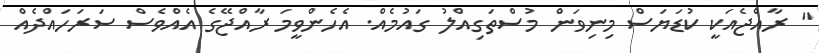
" ރާއްޖެއަކީ ކުޑަޔަސް މިނިވަން މުސްތަގިއްލު ގައުމެއް. އެހެންވީމަ ރާއްޖޭގެ އެއްވެސް ސަރަހައްދެއް